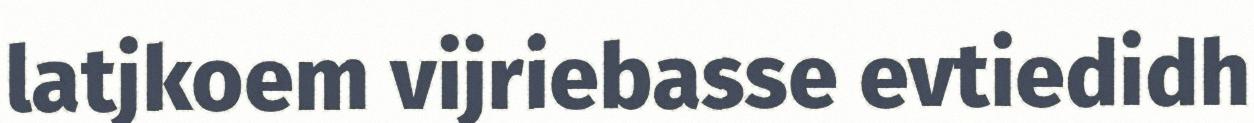
latjkoem vijriebasse evtiedidh